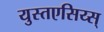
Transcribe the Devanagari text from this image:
युस्तएसिय्स्